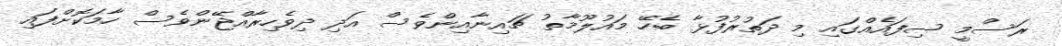
ރަސްމީ ސިފައެއްގައި މި ދަތުރުފުޅާ ބެހޭ މައުލޫމާތު ޗައިނާއިންވެސް އަދި ދިވެހިރާއްޖޭންވެސް ހާމަކޮށްފައި